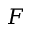
F